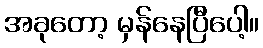
အခုတော့ မှန်နေပြီပေါ့။